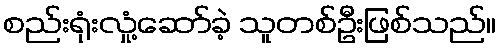
စည်းရုံးလှုံ့ဆော်ခဲ့ သူတစ်ဦးဖြစ်သည်။